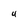
Character: 4